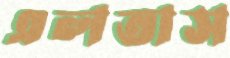
এলতাস